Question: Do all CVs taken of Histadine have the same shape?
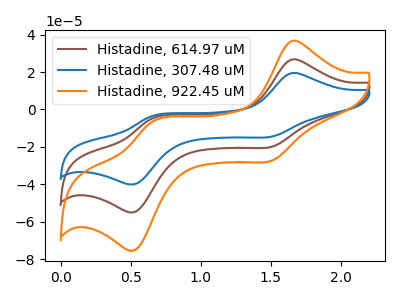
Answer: <think>The brown curve "Histadine, 614.97 uM" has anodic peaks at (1.65V, 26.65uA) (0.65V, -4.65uA) and cathodic peaks at (1.50V, -19.95uA) (0.55V, -54.65uA). The blue curve "Histadine, 307.48 uM" has anodic peaks at (1.65V, 19.40uA) (0.65V, -3.40uA) and cathodic peaks at (1.50V, -14.55uA) (0.55V, -39.85uA). The orange curve "Histadine, 922.45 uM" has anodic peaks at (1.65V, 53.25uA) (0.65V, -9.30uA) and cathodic peaks at (1.50V, -39.95uA) (0.55V, -109.35uA).
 All the peaks in "Histadine, 614.97 uM" have a peak in "Histadine, 307.48 uM" at the same potential. All the peaks in "Histadine, 614.97 uM" have a peak in "Histadine, 922.45 uM" at the same potential. All the peaks in "Histadine, 307.48 uM" have a peak in "Histadine, 922.45 uM" at the same potential.</think>
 <answer>All the CV's of "Histadine" have similar shape.</answer>
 <eval>follow_rule</eval>